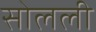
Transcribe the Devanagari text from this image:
सोलली